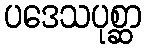
ပဒေသပုစ္ဆာ